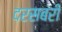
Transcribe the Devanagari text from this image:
दरसबरी